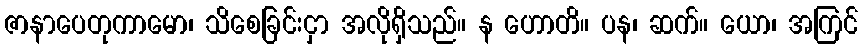
ဇာနာပေတုကာမော၊ သိစေခြင်းငှာ အလိုရှိသည်။ န ဟောတိ။ ပန၊ ဆက်။ ယော၊ အကြင်